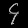
Digit: ၄